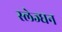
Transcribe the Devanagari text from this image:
स्लेज्धन